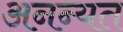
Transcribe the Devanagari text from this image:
अनन्यत